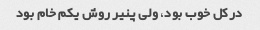
درکل خوب بود، ولی پنیر روش یکم خام بود